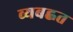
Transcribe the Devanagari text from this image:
व्यबह्वत